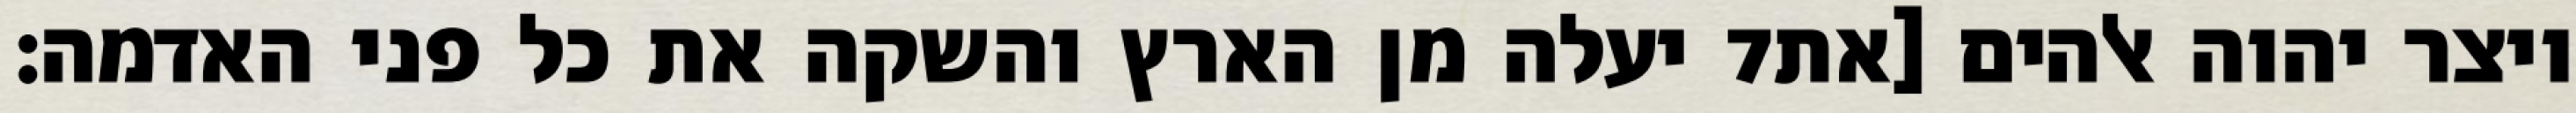
יעלה מן הארץ והשקה את כל פני האדמה׃ ‎7‏ ויצר יהוה אלהים [את